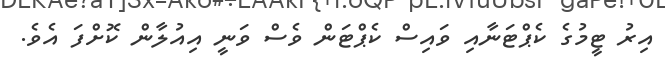
އިރު ޓީމުގެ ކެޕްޓަނާއި ވައިސް ކެޕްޓަން ވެސް ވަނީ އިއުލާން ކޮށްފަ އެވެ.